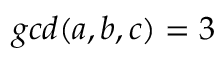
g c d ( a , b , c ) = 3